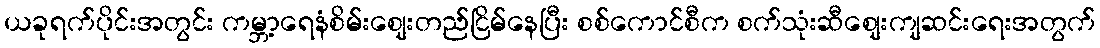
ယခုရက်ပိုင်းအတွင်း ကမ္ဘာ့ရေနံစိမ်းစျေးတည်ငြိမ်နေပြီး စစ်ကောင်စီက စက်သုံးဆီစျေးကျဆင်းရေးအတွက်